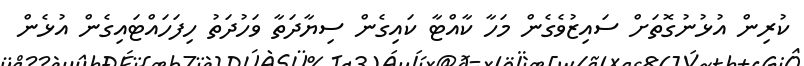
ކުރިން އުޅުނުގޮތަށް ސައިޒުވެގެން މަހާ ކާއްޓާ ކައިގެން ސިޔާދަތާ ވަހުދަތު ހިފަހައްޓައިގެން އުޅެން